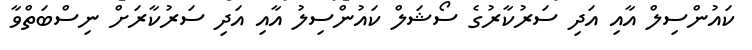
ކައުންސިލް އާއި އަދި ސަރުކާރުގެ ސޯޝަލް ކައުންސިލު އާއި އަދި ސަރުކާރަށް ނިސްބަތްވާ